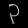
Digit: ၃